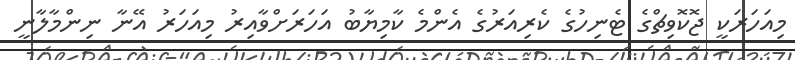
މިއަހަރަކީ ޖޮކޮވިޗްގެ ޓެނިހުގެ ކެރިއަރުގެ އެންމެ ކާމިޔާބު އަހަރަށްވާއިރު މިއަހަރު އޭނާ ނިންމާލާނީ